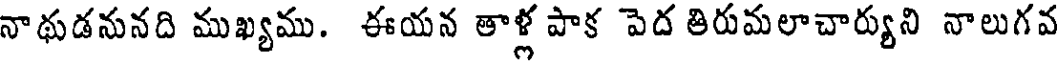
నాథుడనునది ముఖ్యము. ఈయన తాళ్ల పాక పెద తిరుమలాచార్యుని నాలుగవ